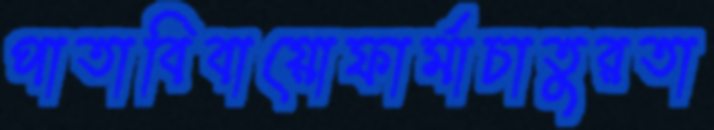
পাতাবিবায়োফার্মাচাতুরতা